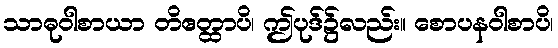
သာဓုဝါစာယာ တိဧတ္ထာပိ၊ ဤပုဒ်၌လည်း။ စောပနဝါစာပိ၊